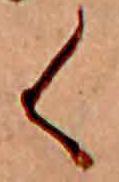
く